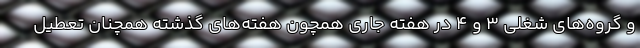
و گروه‌های شغلی ۳ و ۴ در هفته جاری همچون هفته‌های گذشته همچنان تعطیل